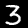
Label: 3